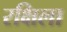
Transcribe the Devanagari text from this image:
रक्षिला